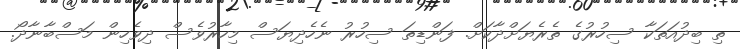
ތި ބިދުއަތަކާ ސިހުރުގެ ތެރެޔަށްދާކަށް. ފަންޑިތަ ސިހުރު ނެހެދިޔަސް މިހާރުވެސް ދިވެހިން މަސްބާނާދޯ.